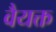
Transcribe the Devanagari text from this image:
वैयक्त